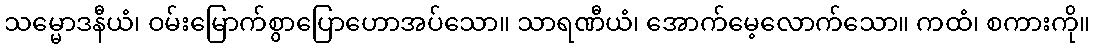
သမ္မောဒနီယံ၊ ဝမ်းမြောက်စွာပြောဟောအပ်သော။ သာရဏီယံ၊ အောက်မေ့လောက်သော။ ကထံ၊ စကားကို။